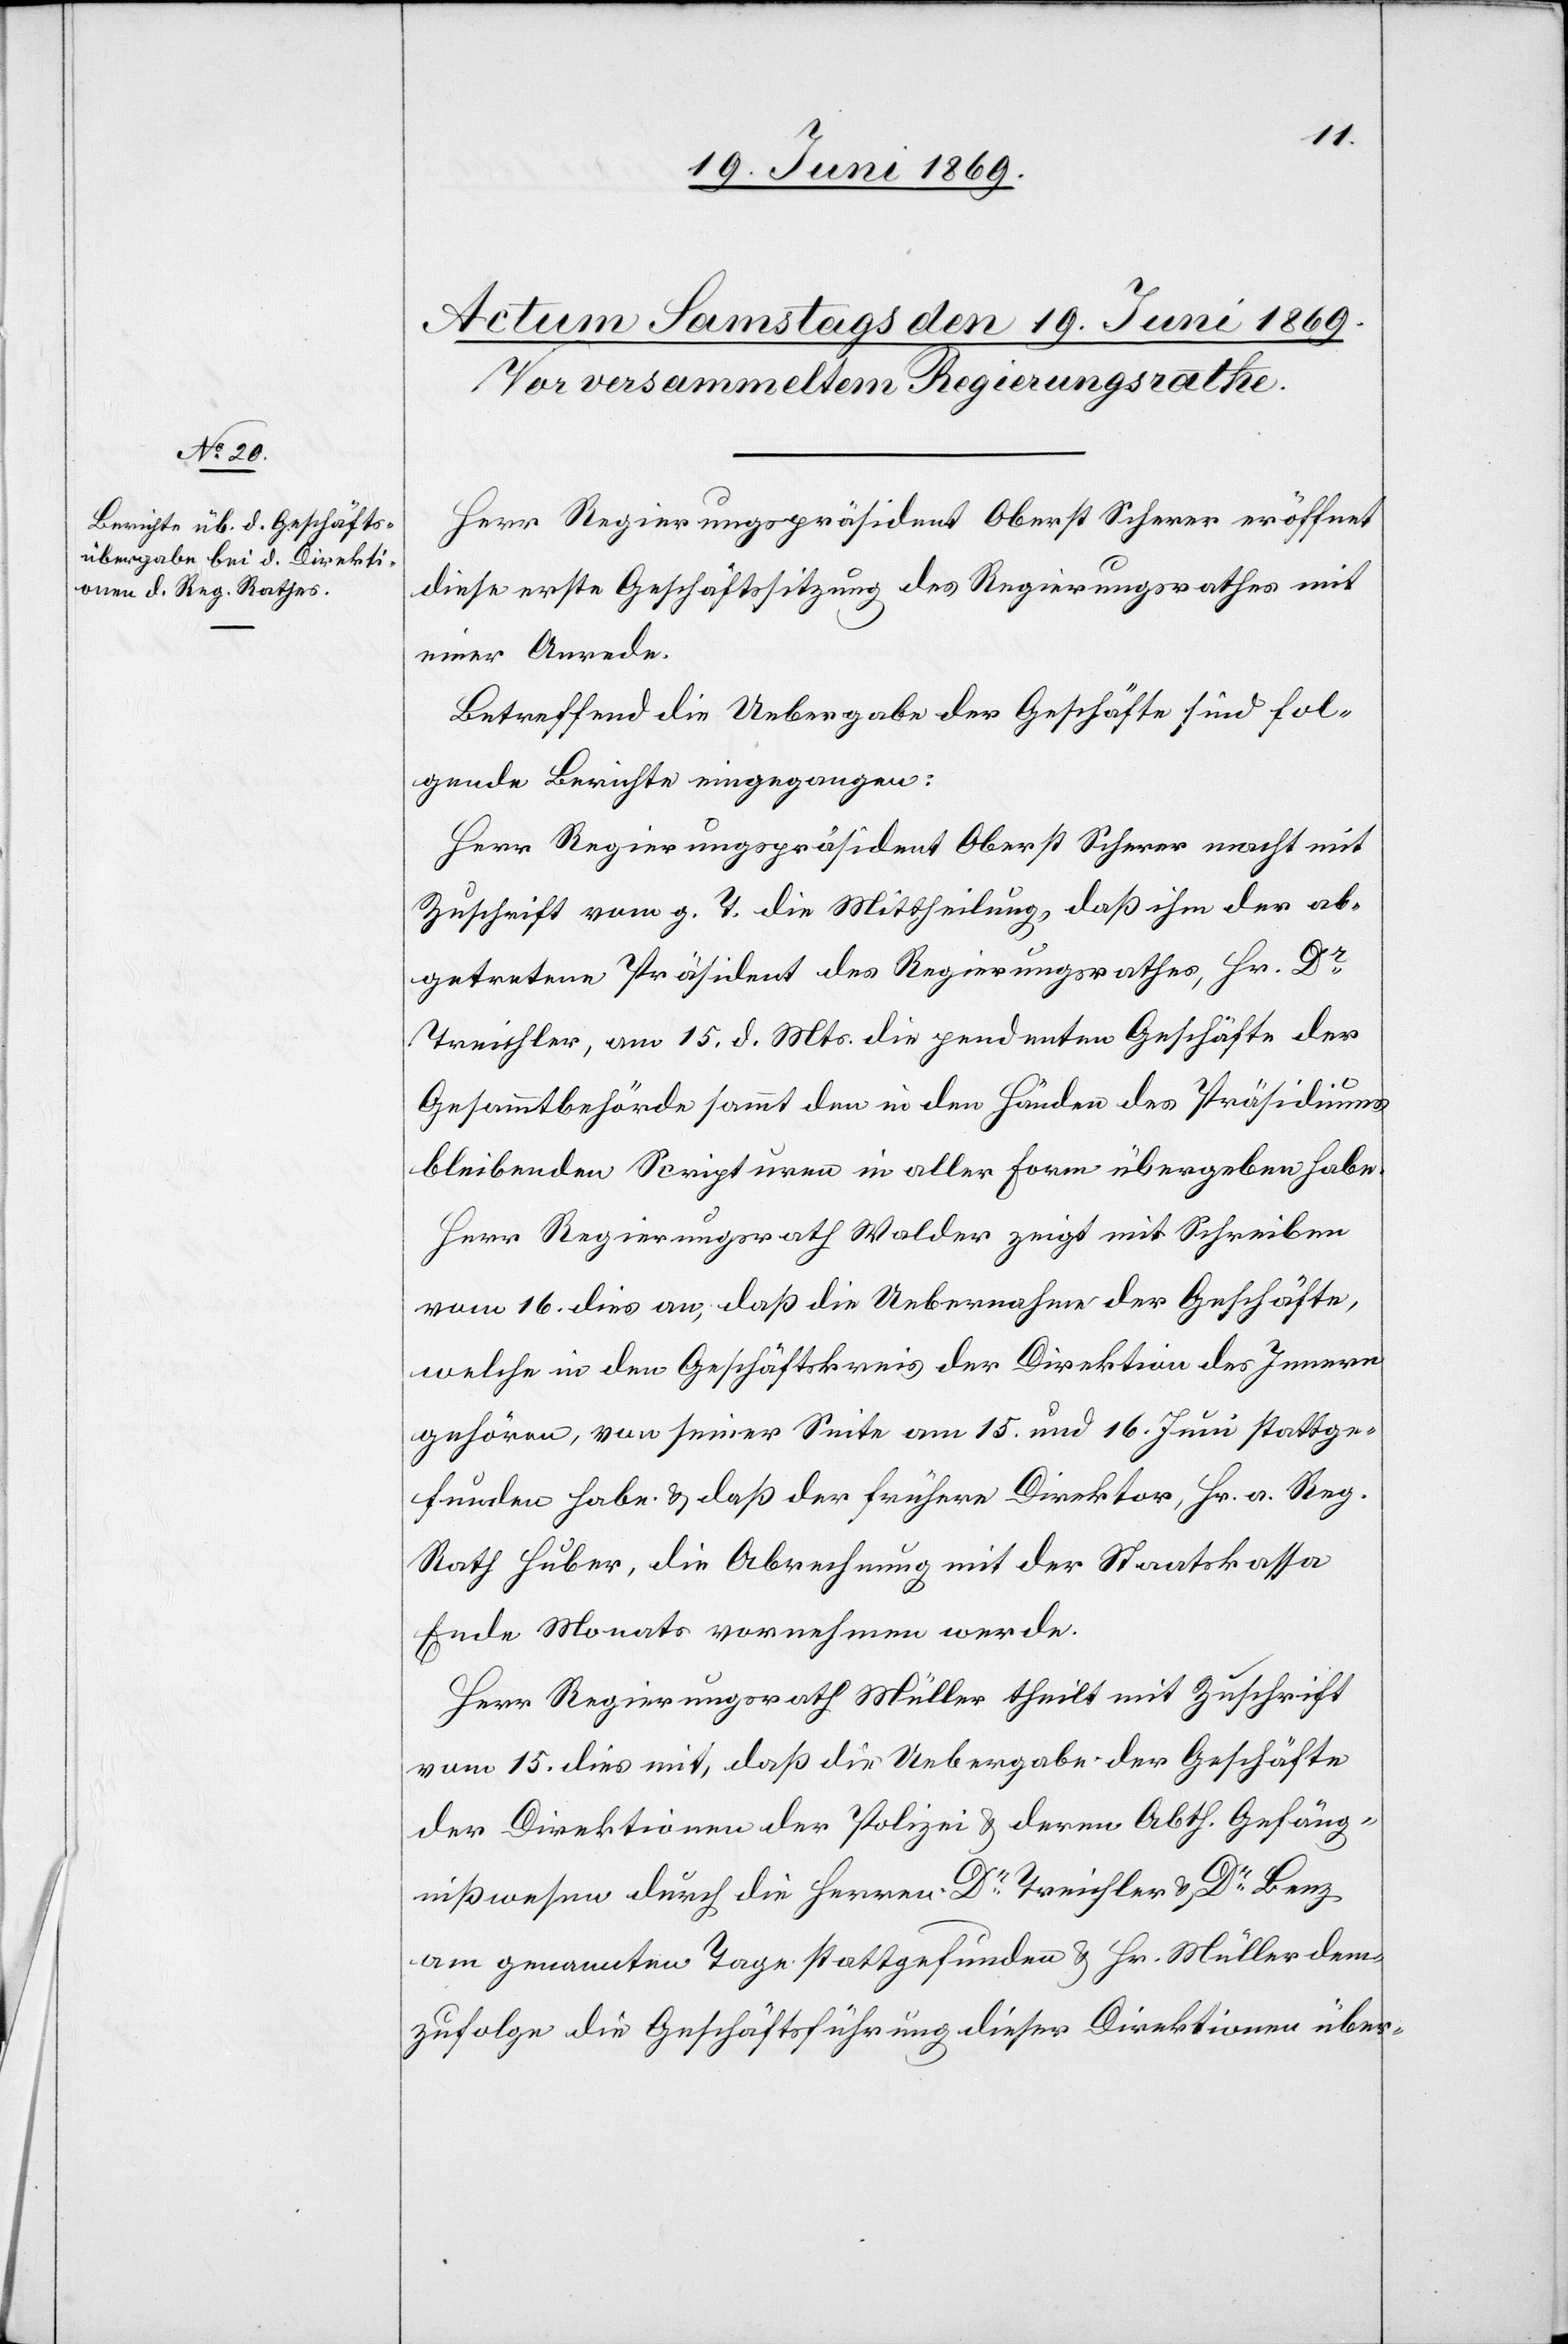
Herr Regierungspräsident Oberst Scherer eröffnet
diese erste Geschäftssitzung des Regierungsrathes mit
einer Anrede.
Betreffend die Uebergabe der Geschäfte sind fol¬
gende Berichte eingegangen:
Herr Regierungspräsident Oberst Scherer macht mit
Zuschrift vom g. T. die Mittheilung, daß ihm de ab¬
getretene Präsident des Regierungsrathes, Hr. Dr
Treichler, am 15. d. Mts. die pendenten Geschäfte der
Gesammtbehörde sammt den in den Händen des Präsidiums
bleibenden Scripturen in aller Form übergeben habe.
Herr Regierungsrath Walder zeigt mit Schreiben
vom 16. dies an, daß die Uebernahme der Geschäfte,
welche in den Geschäftskreis der Direktion des Innern
gehören, von seiner Seite am 15. und 16. Juni stattge¬
funden habe u. daß der frühere Direktor Hr. a. Reg.
Rath Huber, die Abrechnung mit der Staatskassa
Ende Monat vornehmen werde.
Herr Regierungsrath Müller theilt mit Zuschrift
vom 15. dies mit, daß die Uebergabe der Geschäfte
der Direktionen der Polizei u. deren Abth. Gefäng¬
nißwesen durch die Herren Dr Treichler u. Dr Benz
am genannten Tage stattgefunden u. Hr. Müller dem¬
zufolge die Geschäftsführung dieser Direktionen über-